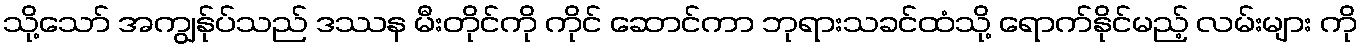
သို့သော် အကျွန်ုပ်သည် ဒဿန မီးတိုင်ကို ကိုင် ဆောင်ကာ ဘုရားသခင်ထံသို့ ရောက်နိုင်မည့် လမ်းများ ကို